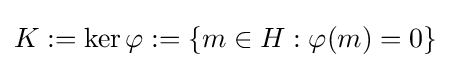
K:=\ker \varphi :=\{m\in H:\varphi (m)=0\}